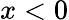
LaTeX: x<0